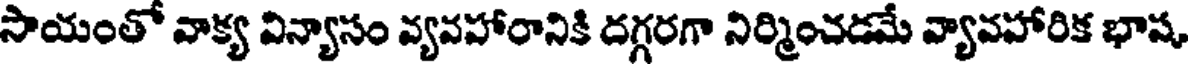
సాయంతో వాక్య విన్యాసం వ్యవహారానికి దగ్గరగా నిర్మించడమే వ్యావహారిక భాష